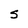
Character: S